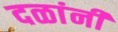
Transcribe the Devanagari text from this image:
दळांनी